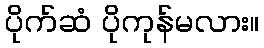
ပိုက်ဆံ ပိုကုန်မလား။